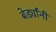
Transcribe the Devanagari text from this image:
बेर्ड्यांनी